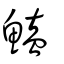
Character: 鰪